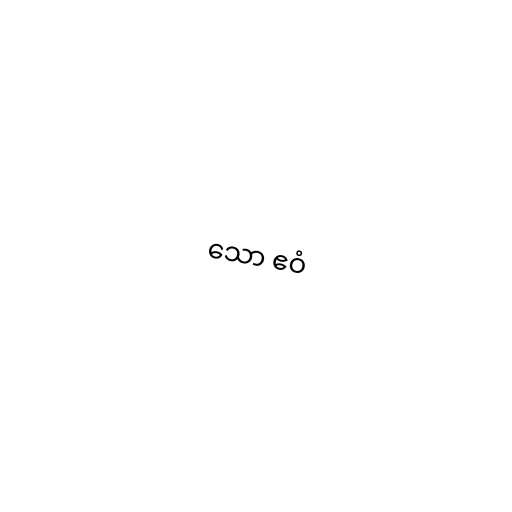
သော ဧဝံ